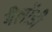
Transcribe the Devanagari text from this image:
मैलॉडी